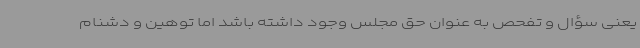
یعنی سؤال و تفحص به عنوان حق مجلس وجود داشته باشد اما توهین و دشنام